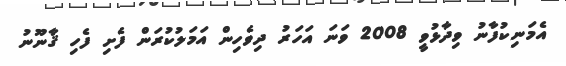
އެމަނިކުފާނު ވިދާޅުވީ 2008 ވަނަ އަހަރު ދިވެހިން އަމަލުކުރަން ފެށި ފެހި ޤާނޫނު